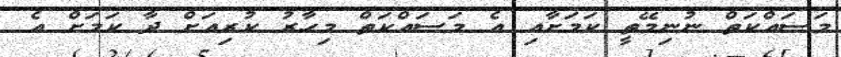
މަސައްކަތް ނުނިމޭތީ ކަމަށާއި އެ މަސައްކަތް މިހާރު ކުރިއަށް ދާ ކަމަށް އެ